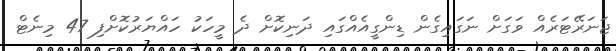
ޖަނަރޭޓަރެއް ވަގަށް ނަގައިގެން ޑިންގީއެއްގައި ދަނިކޮށް ދެ މީހަކު ހައްޔަރުކޮށްފި 47 މިނެޓް